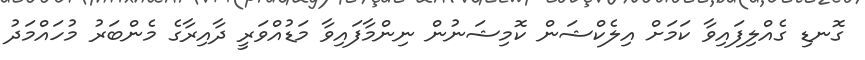
ގޮނޑި ގެއްލިފައިވާ ކަމަށް އިލެކްޝަން ކޮމިޝަނުން ނިންމާފައިވާ މަޑުއްވަރީ ދާއިރާގެ މެންބަރު މުހައްމަދު